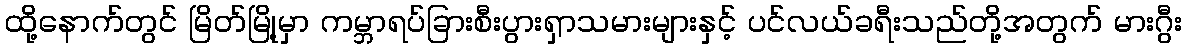
ထို့နောက်တွင် မြိတ်မြို့မှာ ကမ္ဘာရပ်ခြားစီးပွားရှာသမားများနှင့် ပင်လယ်ခရီးသည်တို့အတွက် မားဂွီး